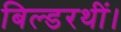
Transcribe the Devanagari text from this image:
बिल्डरथीं।